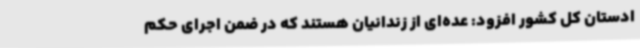
ادستان کل کشور افزود: عده‌ای از زندانیان هستند که در ضمن اجرای حکم